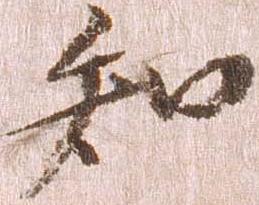
知